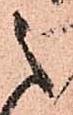
之